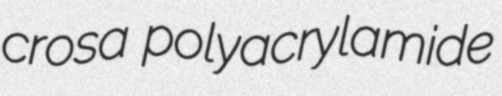
crosa polyacrylamide